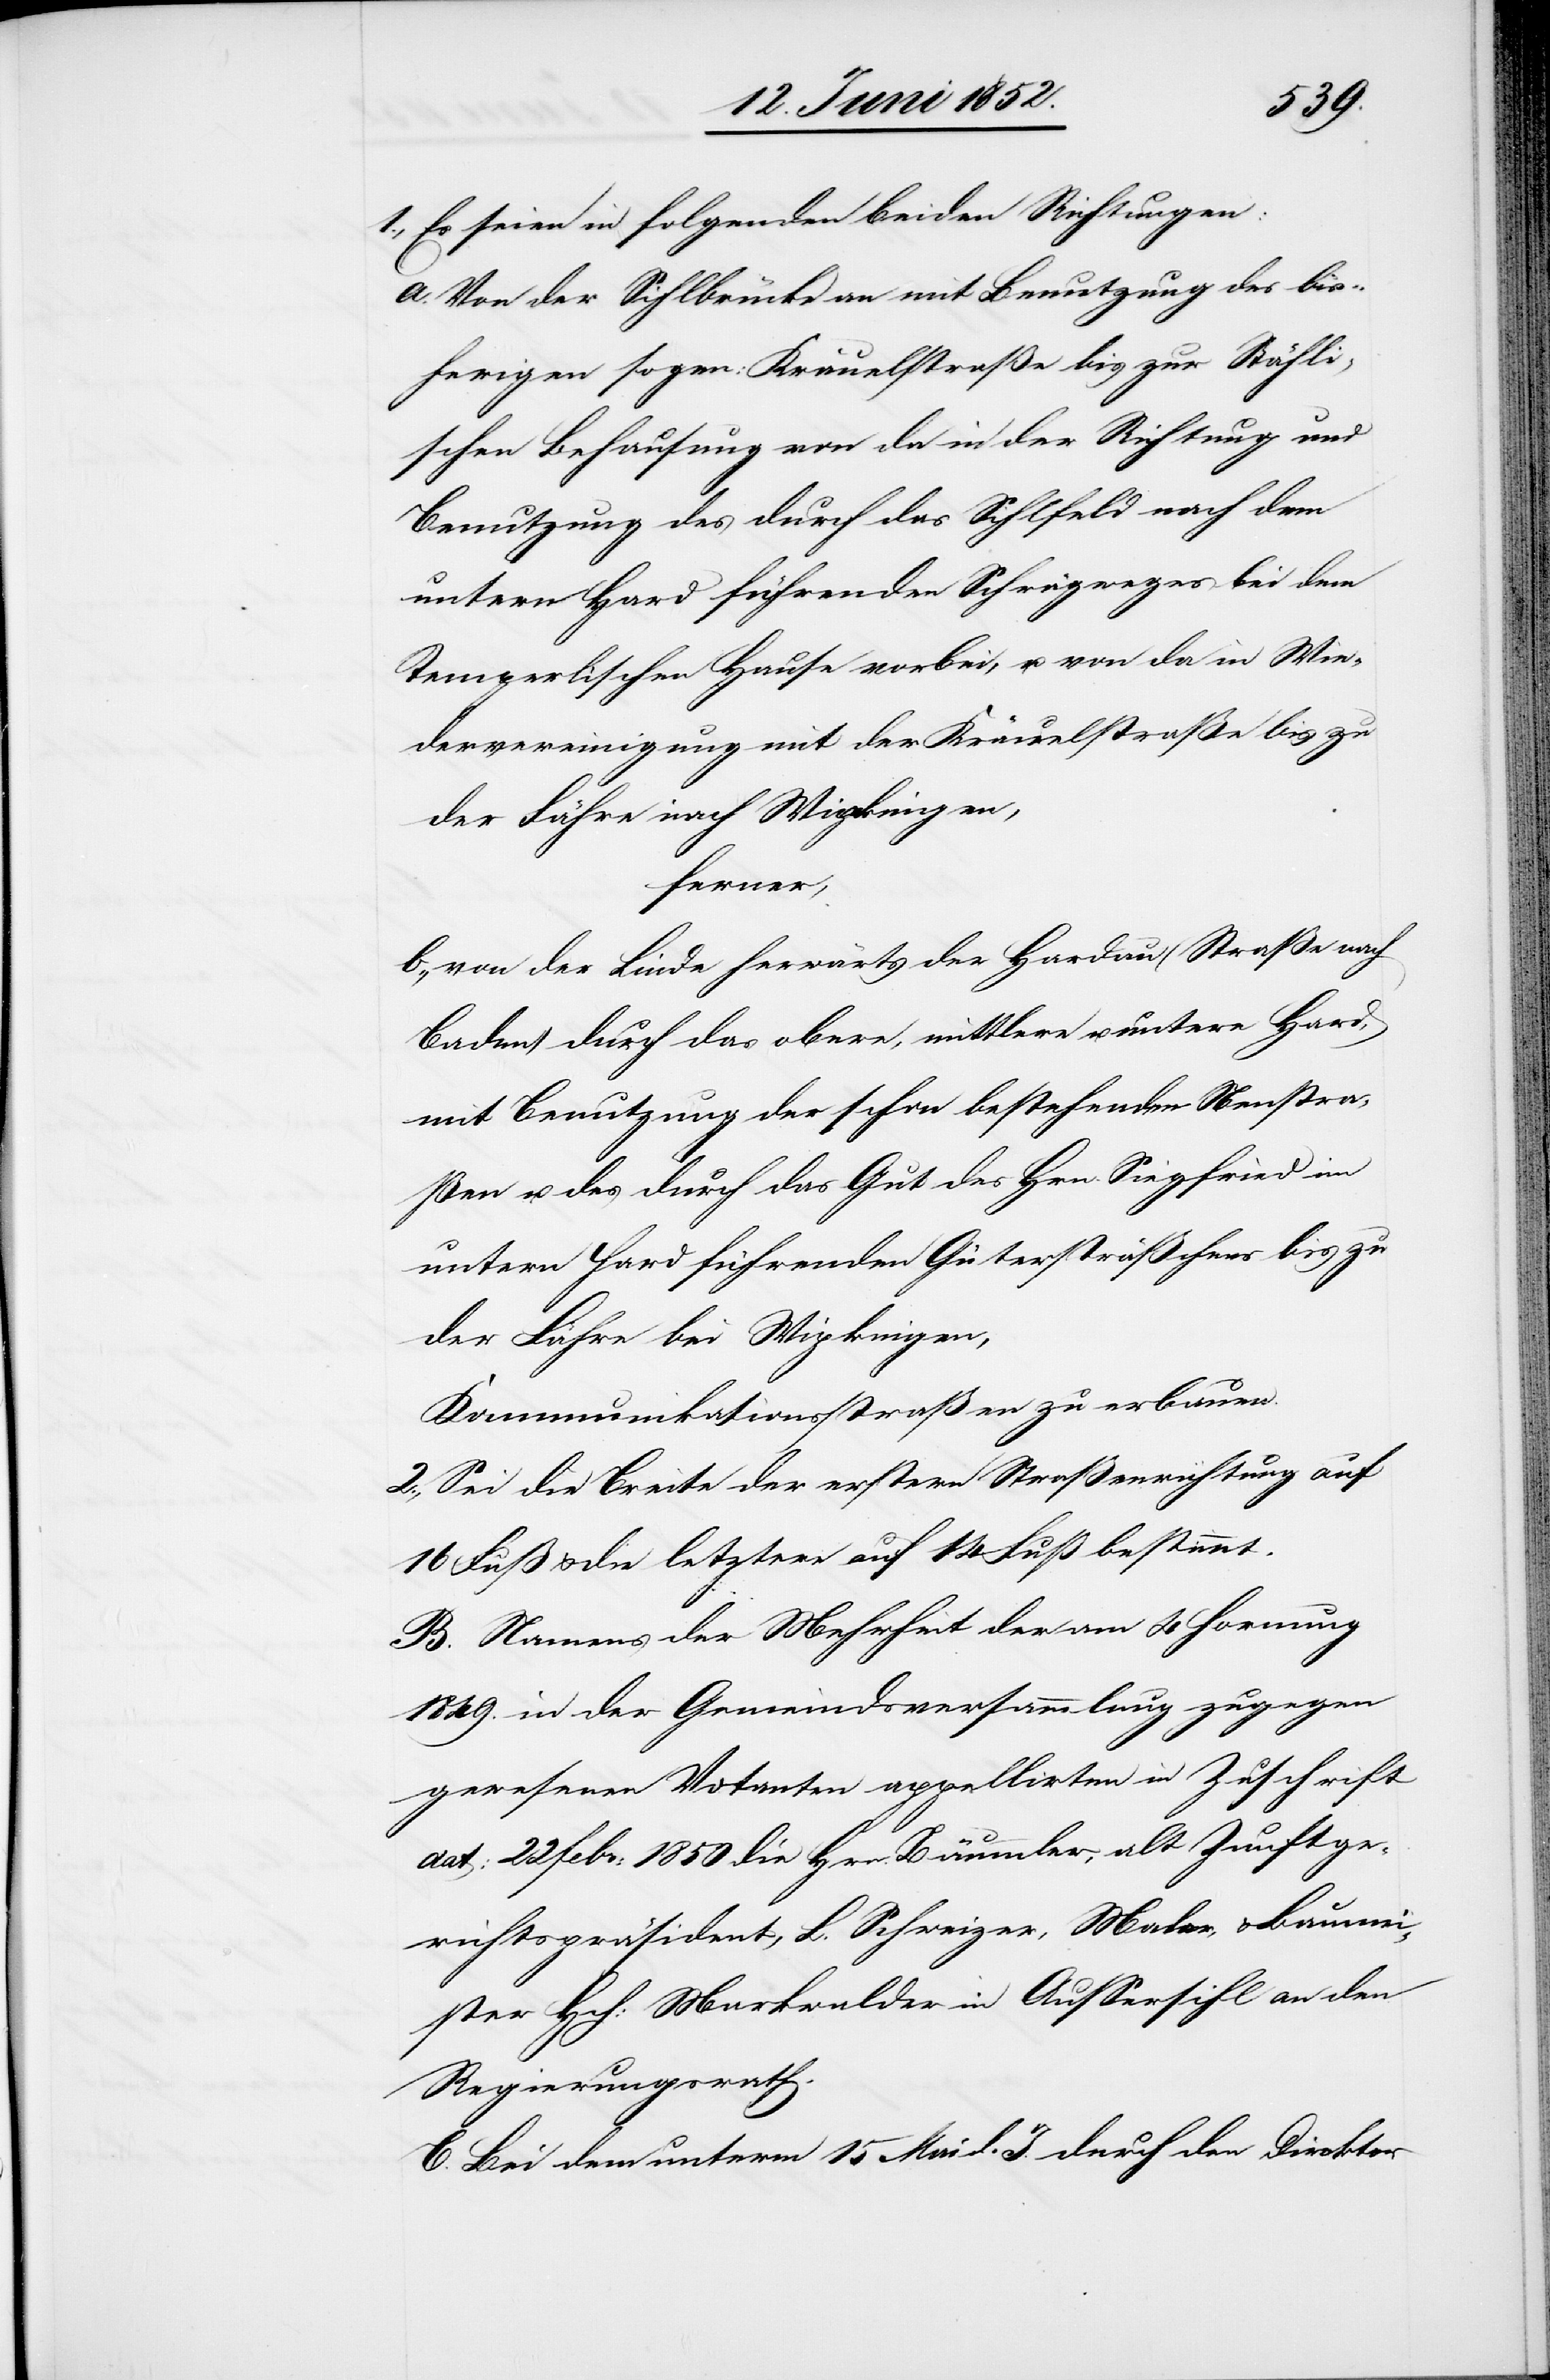
1., Es seien in folgenden beiden Richtungen:
Von der Sihlbrücke an mit Benutzung des [sic!]
bisherigen sogen: Kräuelstraße bis zur Stähli¬
schen Behausung von da in der Richtung und
Benutzung des durch das Sihlfeld nach dem
untern Hard führenden Schrägweges bei dem
Temperlischen Hause vorbei, u. von da in Wie¬
dervereinigung mit der Kräuelstraße bis zu
der Fähre nach Wipkingen,
ferner,
von der Linde herwärts der Hardau (Straße nach
Baden) durch das obere, mittlere u. untere Hard,
mit Benutzung der schon bestehenden Ne[be]nstra¬
ßen u. des durch das Gut des Hrn. Siegfried im
untern Hard führenden Gütersträßchens bis zu
der Fähre bei Wipkingen,
Kommunikationsstraßen zu erbauen.
2., Sei die Breite der erstern Straßenrichtung auf
16 Fuß & die letztere auf 14 Fuß bestimmt.
B. Namens der Mehrheit der am 4 Hornung
1849. in der Gemeindsversammlung zugegen
gewesenen Votanten appellirten in Zuschrift
dat: 22 Febr: 1850 die Hrn. Bäummler [sic!], alt Zunftge¬
richtspräsident, L. Schweizer, Maler, & Baumei¬
ster Hch: Markwalder in Aussersihl an den
Regierungsrath.
C. Bei dem unterm 15 Mai d. J. durch den Direktor